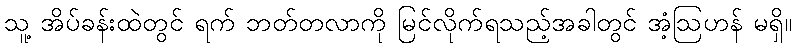
သူ့ အိပ်ခန်းထဲတွင် ရက် ဘတ်တလာကို မြင်လိုက်ရသည့်အခါတွင် အံ့ဩဟန် မရှိ။